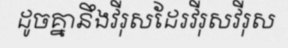
ដូចគ្នានឹងវីរុសដែរវីរុសវីរុស